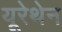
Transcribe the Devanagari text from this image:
यूरेथेन